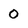
Character: O